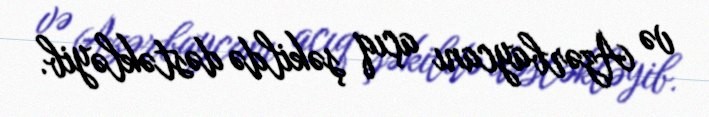
və Azərbaycanı açıq şəkildə dəstəkləyib.